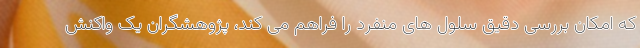
که امکان بررسی دقیق سلول های منفرد را فراهم می کند، پژوهشگران یک واکنش